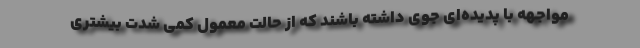
مواجهه با پدیده‌ای جوی داشته باشند که از حالت معمول کمی شدت بیشتری